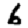
Digit: 6